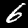
Digit: 6